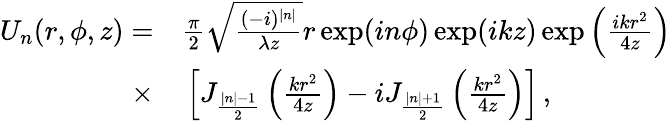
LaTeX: \begin{array}{rl}{U_{n}(r,\phi,z)=}&{{}\frac{\pi}{2}\sqrt{\frac{(-i)^{|n|}}{\lambda z}}r\exp(in\phi)\exp(ikz)\exp\left(\frac{ikr^{2}}{4z}\right)}\\ {\times}&{{}\left[J_{\frac{|n|-1}{2}}\left(\frac{kr^{2}}{4z}\right)-iJ_{\frac{|n|+1}{2}}\left(\frac{kr^{2}}{4z}\right)\right]\, ,}\end{array}